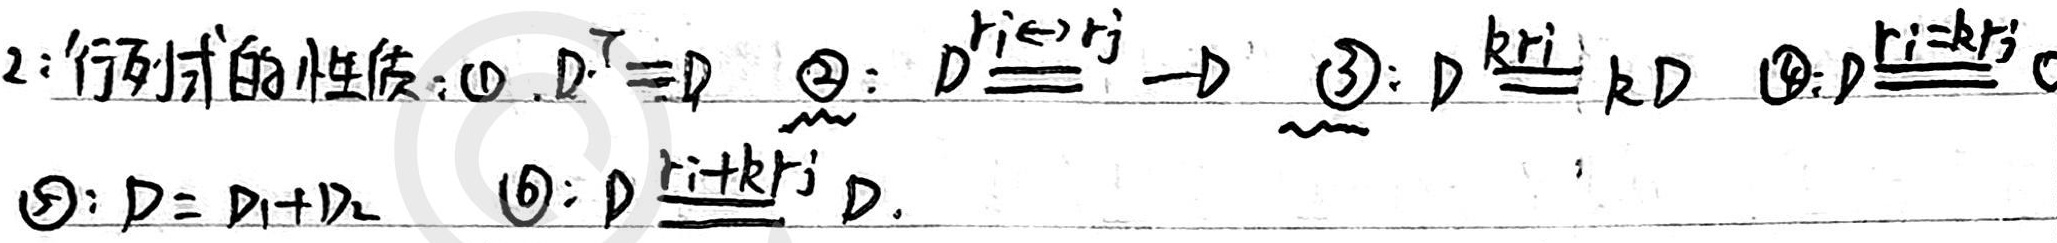
2：行列式的性质：
(1) \(D^{T}=D\)
(2) \(D\stackrel{r_{i}\leftrightarrow r_{j}}{=}-D\)
(3) \(D\stackrel{kr_{i}}{=}kD\)
(4) \(D\stackrel{r_{i}=kr_{j}}{=}0\)
(5) \(D = D_{1}+D_{2}\)
(6) \(D\stackrel{r_{i}+kr_{j}}{=}D\)